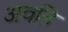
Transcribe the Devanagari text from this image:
अवऩि